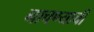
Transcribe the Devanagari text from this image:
नाचण्याची